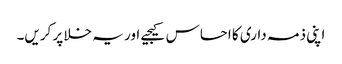
اپنی ذمہ داری کا احساس کیجیے اور یہ خلا پر کریں۔